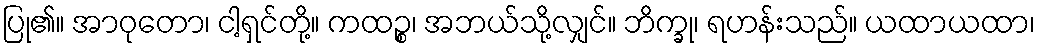
ပြု၏။ အာဝုတော၊ ငါ့ရှင်တို့။ ကထဉ္စ၊ အဘယ်သို့လျှင်။ ဘိက္ခု၊ ရဟန်းသည်။ ယထာယထာ၊